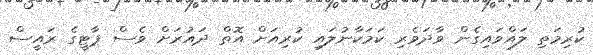
ކުރިމަތި ލައްވައިގެން ވާދަވެރި ކަމަކާނުލައި ކުރިއަށް އޮތް ދައުރަށް ވެސް ޕާޓީގެ ރައީސް